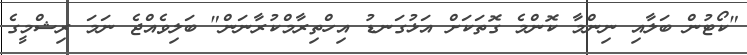
"ކޯޓުން ބަލާއި ނިންމާ ކޮންމެ ގޮތަކަށް އަޅުގަނޑު އިހްތިރާމްކުރާނަން" ބަލިވެއްޖެ ނަމަ ރިޝްމީގެ